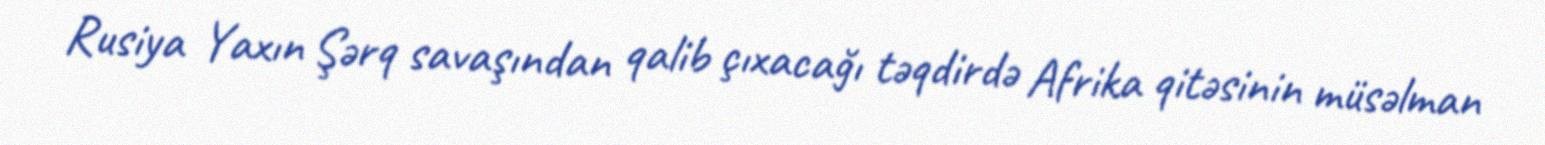
Rusiya Yaxın Şərq savaşından qalib çıxacağı təqdirdə Afrika qitəsinin müsəlman